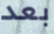
بعد